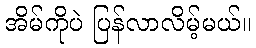
အိမ်ကိုပဲ ပြန်လာလိမ့်မယ်။